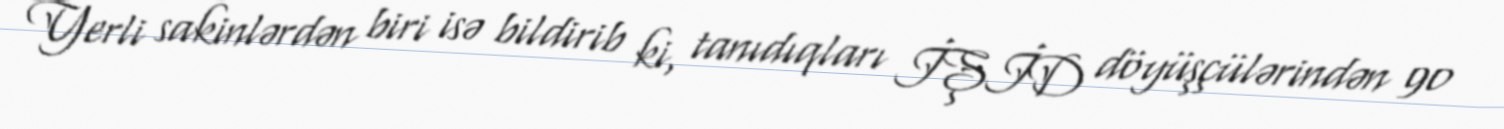
Yerli sakinlərdən biri isə bildirib ki, tanıdıqları İŞİD döyüşçülərindən 90